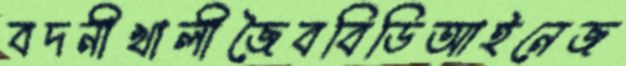
বদনীখালীজৈববিডিআইনেজ